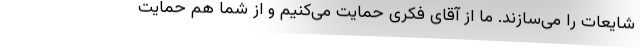
شایعات را می‌سازند. ما از آقای فکری حمایت می‌کنیم و از شما هم حمایت